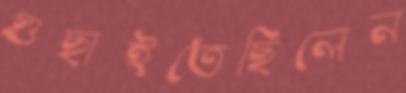
গুছাইতেছিলেন